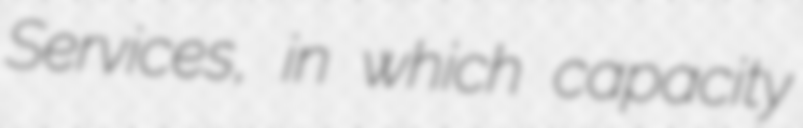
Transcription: Services, in which capacity